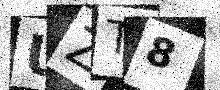
Text: UZT8